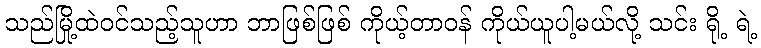
သည်မြို့ထဲဝင်သည့်သူဟာ ဘာဖြစ်ဖြစ် ကိုယ့်တာဝန် ကိုယ်ယူပါ့မယ်လို့ သင်း ရို့ ရဲ့